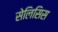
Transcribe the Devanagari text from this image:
सेलिसिस